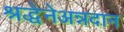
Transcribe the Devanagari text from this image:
श्रद्धेनेअन्नदान